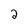
Character: 2